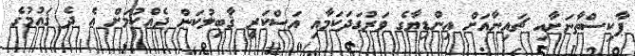
ޕާކިސްތާނަށާއި ޗައިނާއަށް އިންޑިޔާގެ ވަރުގަދަކަމާއި އަސްކަރީ ޤާބިލުކަން ދެއްކުމަށް އެ ދެ ޤައުމުގެ